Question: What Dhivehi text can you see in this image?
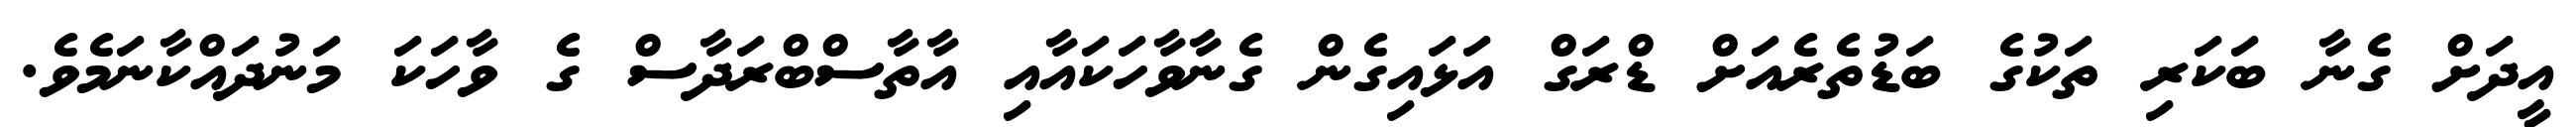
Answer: އީދަށް ގެނާ ބަކަރި ތަކުގެ ބަޑުތެރެއަށް ޑްރަގް އަޅައިގެން ގެނާވާހަކައާއި އާތާސްބްރަދާސް ގެ ވާހަކަ މަނުދައްކާނަމެވެ.